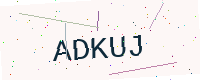
Text: ADKUJ